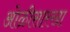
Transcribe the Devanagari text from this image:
ओळीसारखा